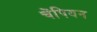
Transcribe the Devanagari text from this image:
चेंपियन